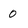
Character: 0